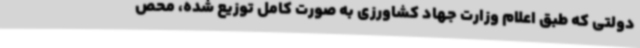
دولتی که طبق اعلام وزارت جهاد کشاورزی به صورت کامل توزیع شده، محص